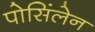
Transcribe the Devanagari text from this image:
पोसिंलेन